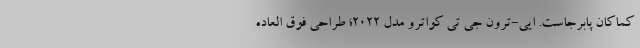
کماکان پابرجاست. ایی-ترون جی تی کواترو مدل 2022؛ طراحی فوق العاده